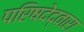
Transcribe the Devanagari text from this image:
परिषदेद्वारा